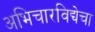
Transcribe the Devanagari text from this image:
अभिचारविद्येचा